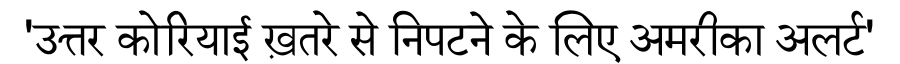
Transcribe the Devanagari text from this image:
'उत्तर कोरियाई ख़तरे से निपटने के लिए अमरीका अलर्ट'